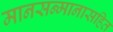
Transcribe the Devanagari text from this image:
मानसन्मानासहित